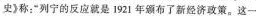
史》称：”列宁的反应就是1921年颁布了新经济政策。这一